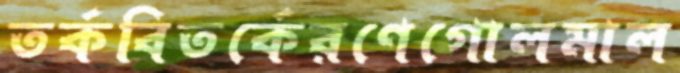
তর্কবিতর্কেরণেগোলমাল